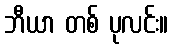
ဘီယာ တစ် ပုလင်း။